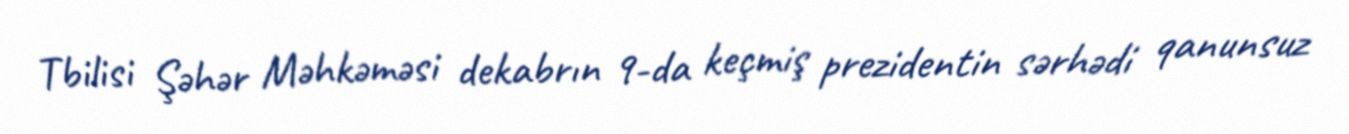
Tbilisi Şəhər Məhkəməsi dekabrın 9-da keçmiş prezidentin sərhədi qanunsuz